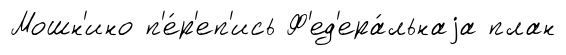
Мошн'ино п'е́р'еп'ись Ф'ед'ера́льнаjа план